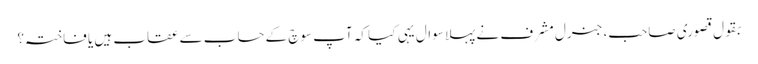
بقول قصوری صاحب، جنرل مشرف نے پہلا سوال یہی کیا کہ آپ سوچ کے حساب سے عقاب ہیں یا فاختہ؟